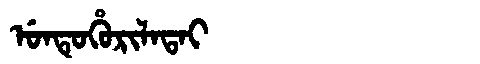
Manchu: ᡠᠨᡨᡠᡥᡠᡵᡳᠯᠠᡨᠠᡳ
Romanization: UNTUHURILATAI